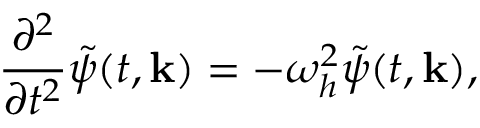
\frac { \partial ^ { 2 } } { \partial t ^ { 2 } } \tilde { \psi } ( t , { \bf k } ) = - \omega _ { h } ^ { 2 } \tilde { \psi } ( t , { \bf k } ) ,